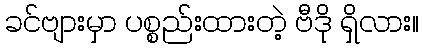
ခင်ဗျားမှာ ပစ္စည်းထားတဲ့ ဗီဒို ရှိလား။